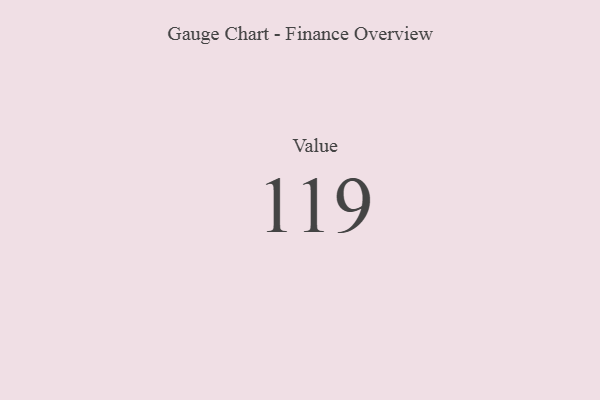
{"axis": {"x": "Metric", "y": "Value"}, "legend": [""], "data": [{"x": "Value", "y": 119, "type": ""}]}